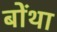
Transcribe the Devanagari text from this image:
बोंथा